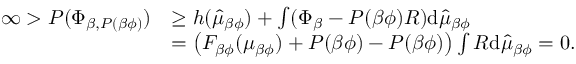
\begin{array} { r l } { \infty > P ( \Phi _ { \beta , P ( \beta \phi ) } ) } & { \geq h ( \hat { \mu } _ { \beta \phi } ) + \int ( \Phi _ { \beta } - P ( \beta \phi ) R ) \mathrm { d } \hat { \mu } _ { \beta \phi } } \\ & { = \left( F _ { \beta \phi } ( \mu _ { \beta \phi } ) + P ( \beta \phi ) - P ( \beta \phi ) \right) \int R \mathrm { d } \hat { \mu } _ { \beta \phi } = 0 . } \end{array}